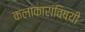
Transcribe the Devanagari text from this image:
कलाकारांविषयी